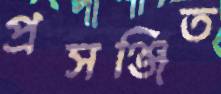
প্রসঞ্জিত